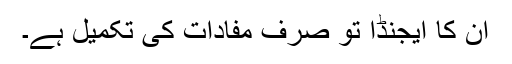
ان کا ایجنڈا تو صرف مفادات کی تکمیل ہے۔